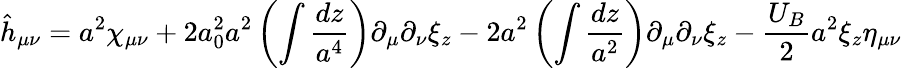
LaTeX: \hat{h}_{\mu\nu}=a^{2}\chi_{\mu\nu}+2a_{0}^{2}a^{2}\left(\int\frac{dz}{a^{4}}\right)\partial_{\mu}\partial_{\nu}\xi_{z}-2a^{2}\left(\int\frac{dz}{a^{2}}\right)\partial_{\mu}\partial_{\nu}\xi_{z}-\frac{U_{B}}{2}a^{2}\xi_{z}\eta_{\mu\nu}